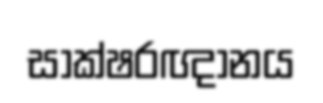
සාක්ෂරඥානය